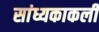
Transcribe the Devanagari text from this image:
सांध्यकाकली